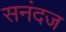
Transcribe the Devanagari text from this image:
सनंदज